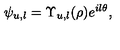
\psi _ { u , l } = \Upsilon _ { u , l } ( \rho ) e ^ { i l \theta } ,